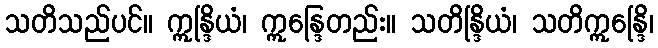
သတိသည်ပင်။ ဣန္ဒြိယံ၊ ဣန္ဒြေတည်း။ သတိန္ဒြိယံ၊ သတိဣန္ဒြေိ၊